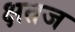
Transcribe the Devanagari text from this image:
क्षतज